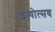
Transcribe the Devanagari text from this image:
शस्योत्सव